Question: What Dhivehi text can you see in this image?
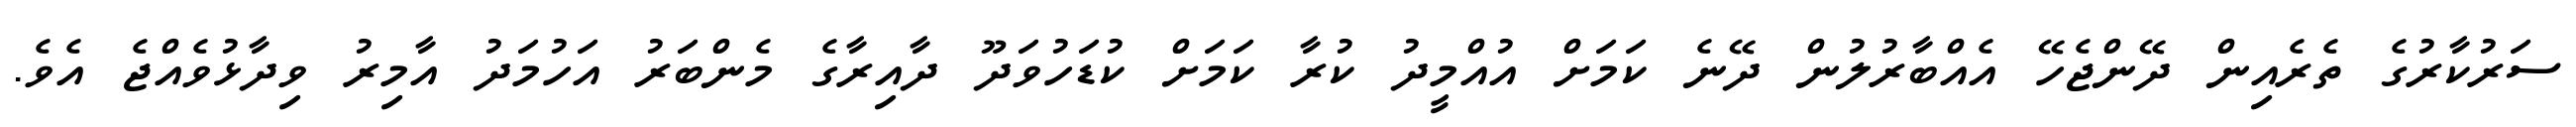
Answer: ސަރުކާރުގެ ތެރެއިން ދޭންޖެހޭ އެއްބާރުލުން ދޭނެ ކަމަށް އުއްމީދު ކުރާ ކަމަށް ކުޑަހުވަދޫ ދާއިރާގެ މެންބަރު އަހުމަދު އާމިރު ވިދާޅުވެއްޖެ އެވެ.